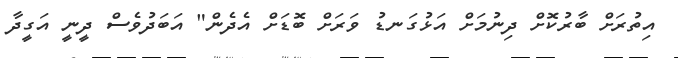
އިތުރަށް ބާރުކޮށް ދިނުމަށް އަޅުގަނޑު ވަރަށް ބޮޑަށް އެދެން" އަބަދުވެސް ދީނީ އަގީދާ